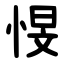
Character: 㥗